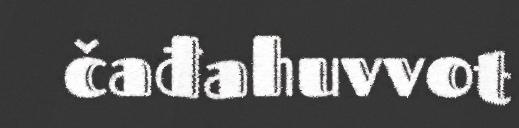
čađahuvvot